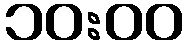
၁၀:၀၀